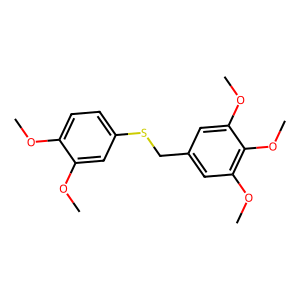
SMILES: COc1ccc(SCc2cc(OC)c(OC)c(OC)c2)cc1OC
Inhibits HIV replication: No